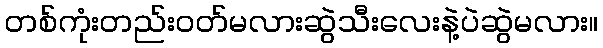
တစ်ကုံးတည်း၀တ်မလားဆွဲသီးလေးနဲ့ပဲဆွဲမလား။